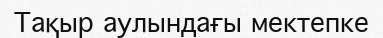
Тақыр аулындағы мектепке